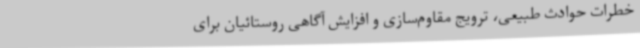
خطرات حوادث طبیعی، ترویج مقاوم‌سازی و افزایش آگاهی روستائیان برای